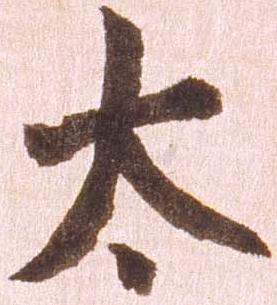
太